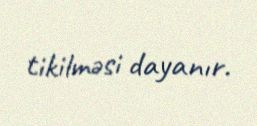
tikilməsi dayanır.